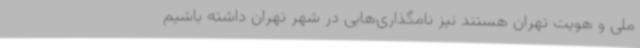
ملی و هویت تهران هستند نیز نامگذاری‌هایی در شهر تهران داشته باشیم